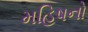
મહિષનો